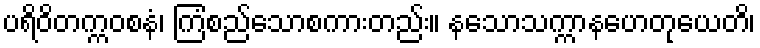
ပရိဝိတက္ကဝစနံ၊ ကြံစည်သောစကားတည်း။ နသောသက္ကာနဟေတုယေတိ၊